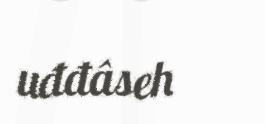
uđđâseh